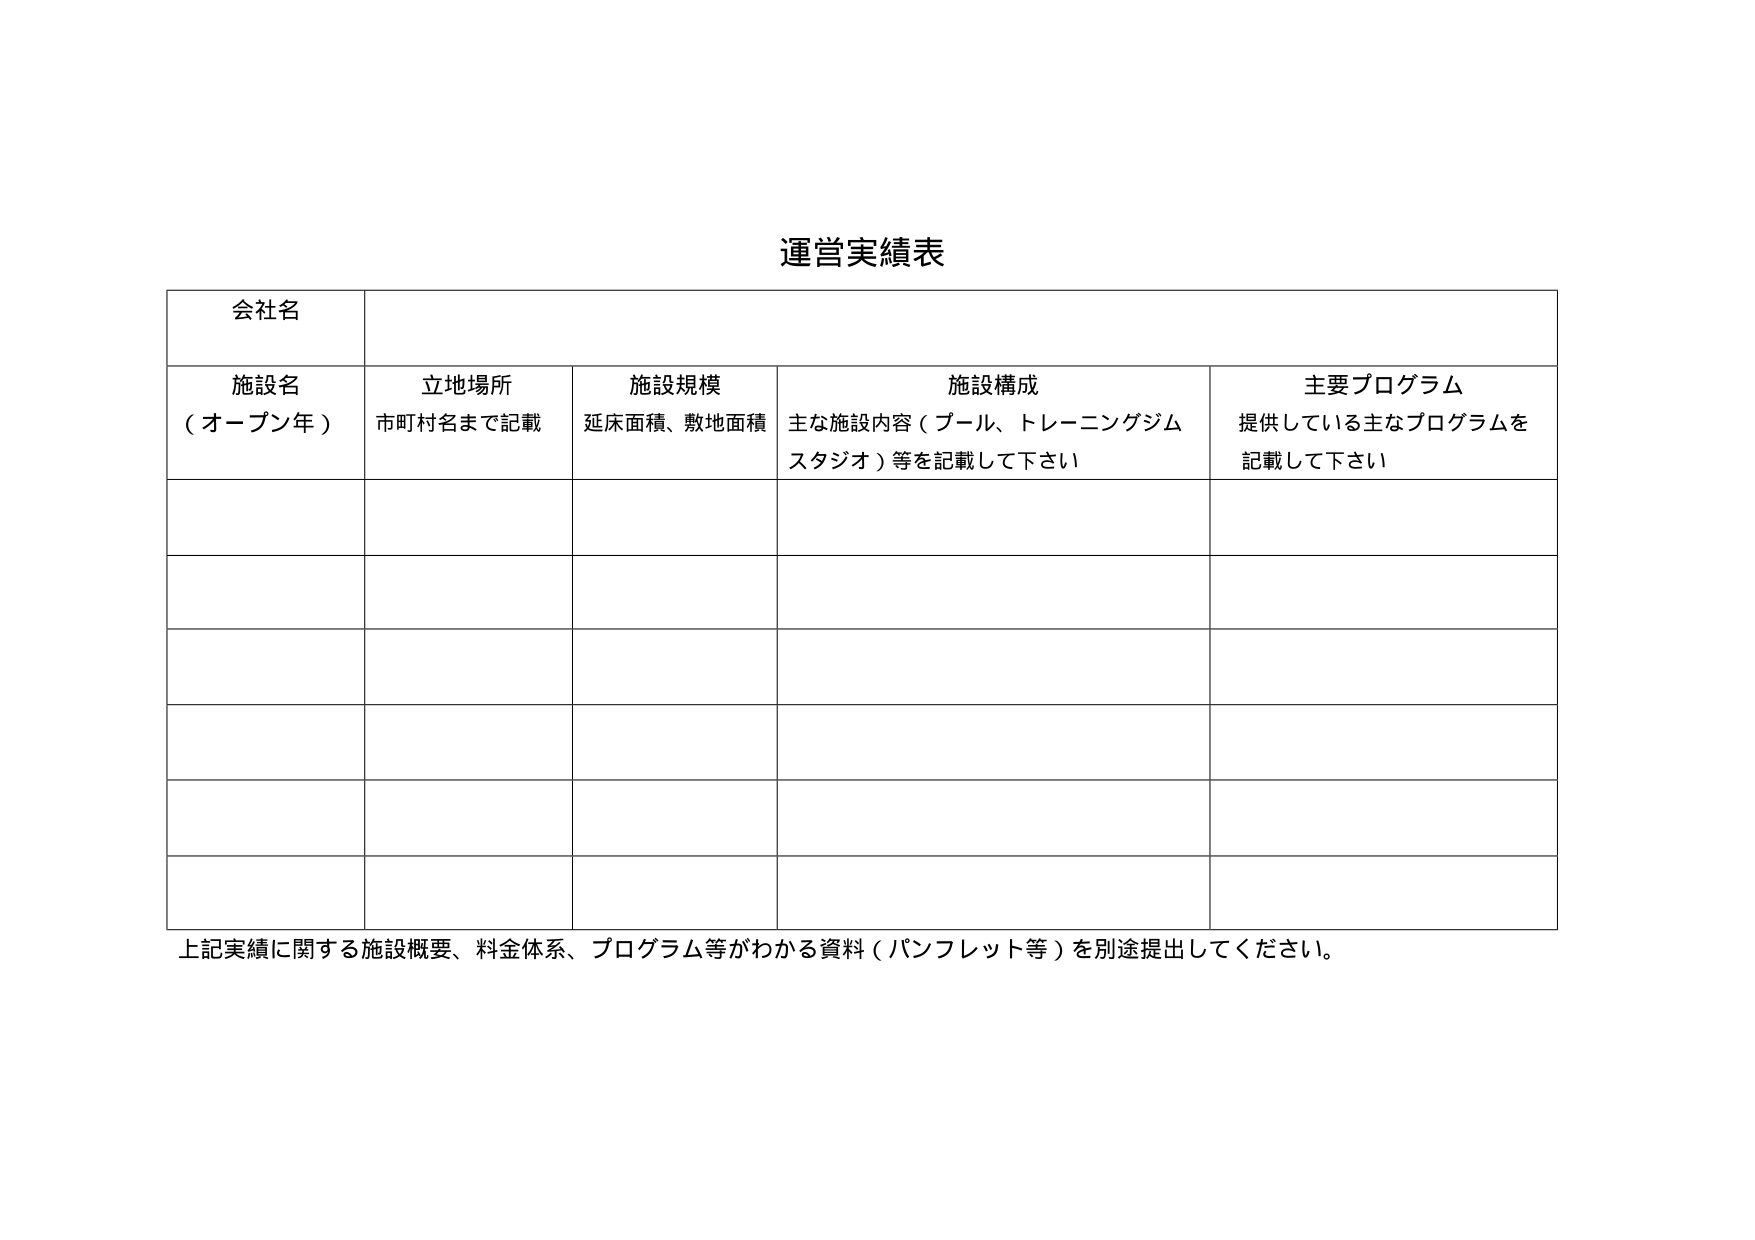
運営実績表

会社名

施設名
（オープン年）
立地場所
市町村名まで記載
施設規模
延床面積、敷地面積
施設構成
主な施設内容（プール、トレーニングジム
スタジオ）等を記載して下さい
主要プログラム
提供している主なプログラムを
記載して下さい

上記実績に関する施設概要、料金体系、プログラム等がわかる資料（パンフレット等）を別途提出してください。